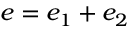
e = e _ { 1 } + e _ { 2 }